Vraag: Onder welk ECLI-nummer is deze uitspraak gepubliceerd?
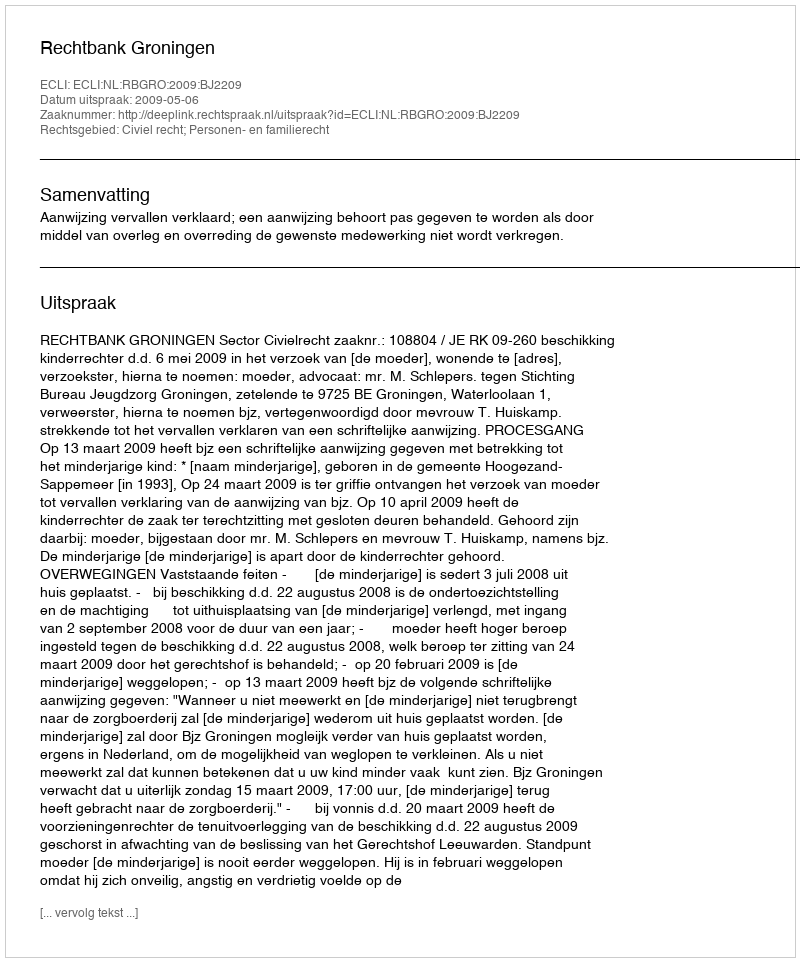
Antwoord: ECLI:NL:RBGRO:2009:BJ2209